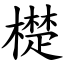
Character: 檚